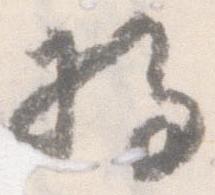
将